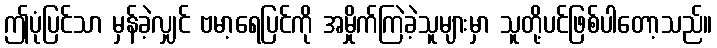
ဤပုံပြင်သာ မှန်ခဲ့လျှင် ဗမာ့ရေပြင်ကို အမှိုက်ကြဲခဲ့သူများမှာ သူတို့ပင်ဖြစ်ပါတော့သည်။